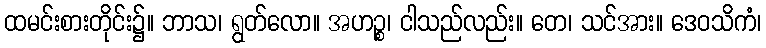
ထမင်းစားတိုင်း၌။ ဘာသ၊ ရွတ်လော။ အဟဉ္စ၊ ငါသည်လည်း။ တေ၊ သင်အား။ ဒေဝသိကံ၊